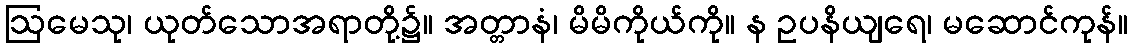
ဩမေသု၊ ယုတ်သောအရာတို့၌။ အတ္တာနံ၊ မိမိကိုယ်ကို။ န ဥပနိယျရေ၊ မဆောင်ကုန်။